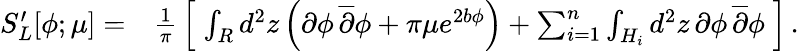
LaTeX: \begin{array}{rl}{S_{L}^{\prime}[\phi;\mu]=}&{{\frac{1}{\pi}}\left[\; \int_{R}d^{2}z\left(\partial\phi\, \overline{{\partial}}\phi+\pi\mu e^{2b\phi}\right)+\sum_{i=1}^{n}\int_{H_{i}}d^{2}z\, \partial\phi\, \overline{{\partial}}\phi\; \right]\, .}\end{array}